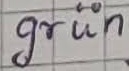
Text: grün